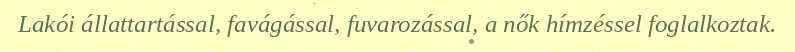
Lakói állattartással, favágással, fuvarozással, a nők hímzéssel foglalkoztak.